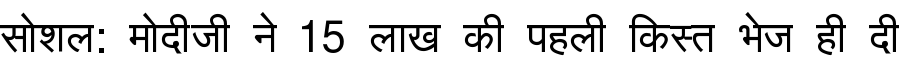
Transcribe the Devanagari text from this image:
सोशल: मोदीजी ने 15 लाख की पहली किस्त भेज ही दी